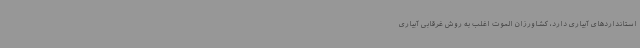
استانداردهای آبیاری دارد، کشاورزان الموت اغلب به روش غرقابی آبیاری